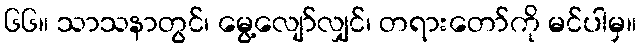
၆၆။ သာသနာတွင်၊ မွေ့လျော်လျှင်၊ တရားတော်ကို မင်ပါမှ။